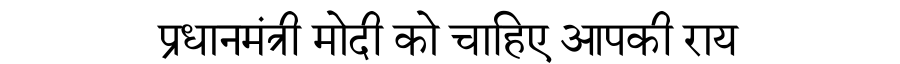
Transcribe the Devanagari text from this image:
प्रधानमंत्री मोदी को चाहिए आपकी राय